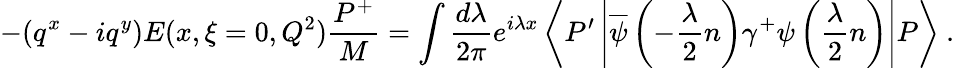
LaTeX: -(q^{x}-iq^{y})E(x,\xi=0,Q^{2})\frac{P^{+}}{M}=\int\frac{d\lambda}{2\pi}e^{i\lambda x}\left\langle P^{\prime}\left|\overline{{\psi}}\left(-\frac{\lambda}{2}n\right)\gamma^{+}\psi\left(\frac{\lambda}{2}n\right)\right|P\right\rangle\ .